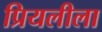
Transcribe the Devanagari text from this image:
प्रियलीला